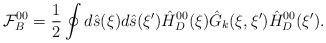
LaTeX: \begin{align*}{\mathcal{F}_B^{00}}={1\over{2}}\oint{d}\hat{s}(\xi)d\hat{s}(\xi'){\hat{H}_D^{00}}(\xi){\hat{G}_k}(\xi,\xi'){\hat{H}_D^{00}}(\xi').\end{align*}